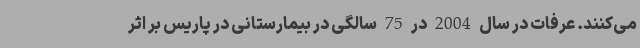
می‌کنند. عرفات در سال 2004 در 75 سالگی در بیمارستانی در پاریس بر اثر